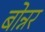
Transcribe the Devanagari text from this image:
बोन्नर